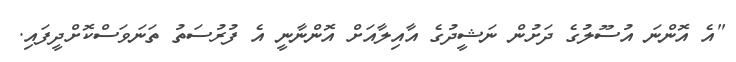
"އެ އޮންނަ އުސޫލުގެ ދަށުން ނަޝީދުގެ އާއިލާއަށް އޮންނާނީ އެ ފުރުސަތު ތަނަވަސްކޮށްދީފައި.